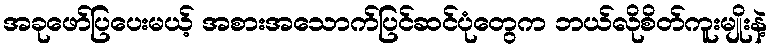
အခုဖော်ပြပေးမယ့် အစားအသောက်ပြင်ဆင်ပုံတွေက ဘယ်လိုစိတ်ကူးမျိုးနဲ့